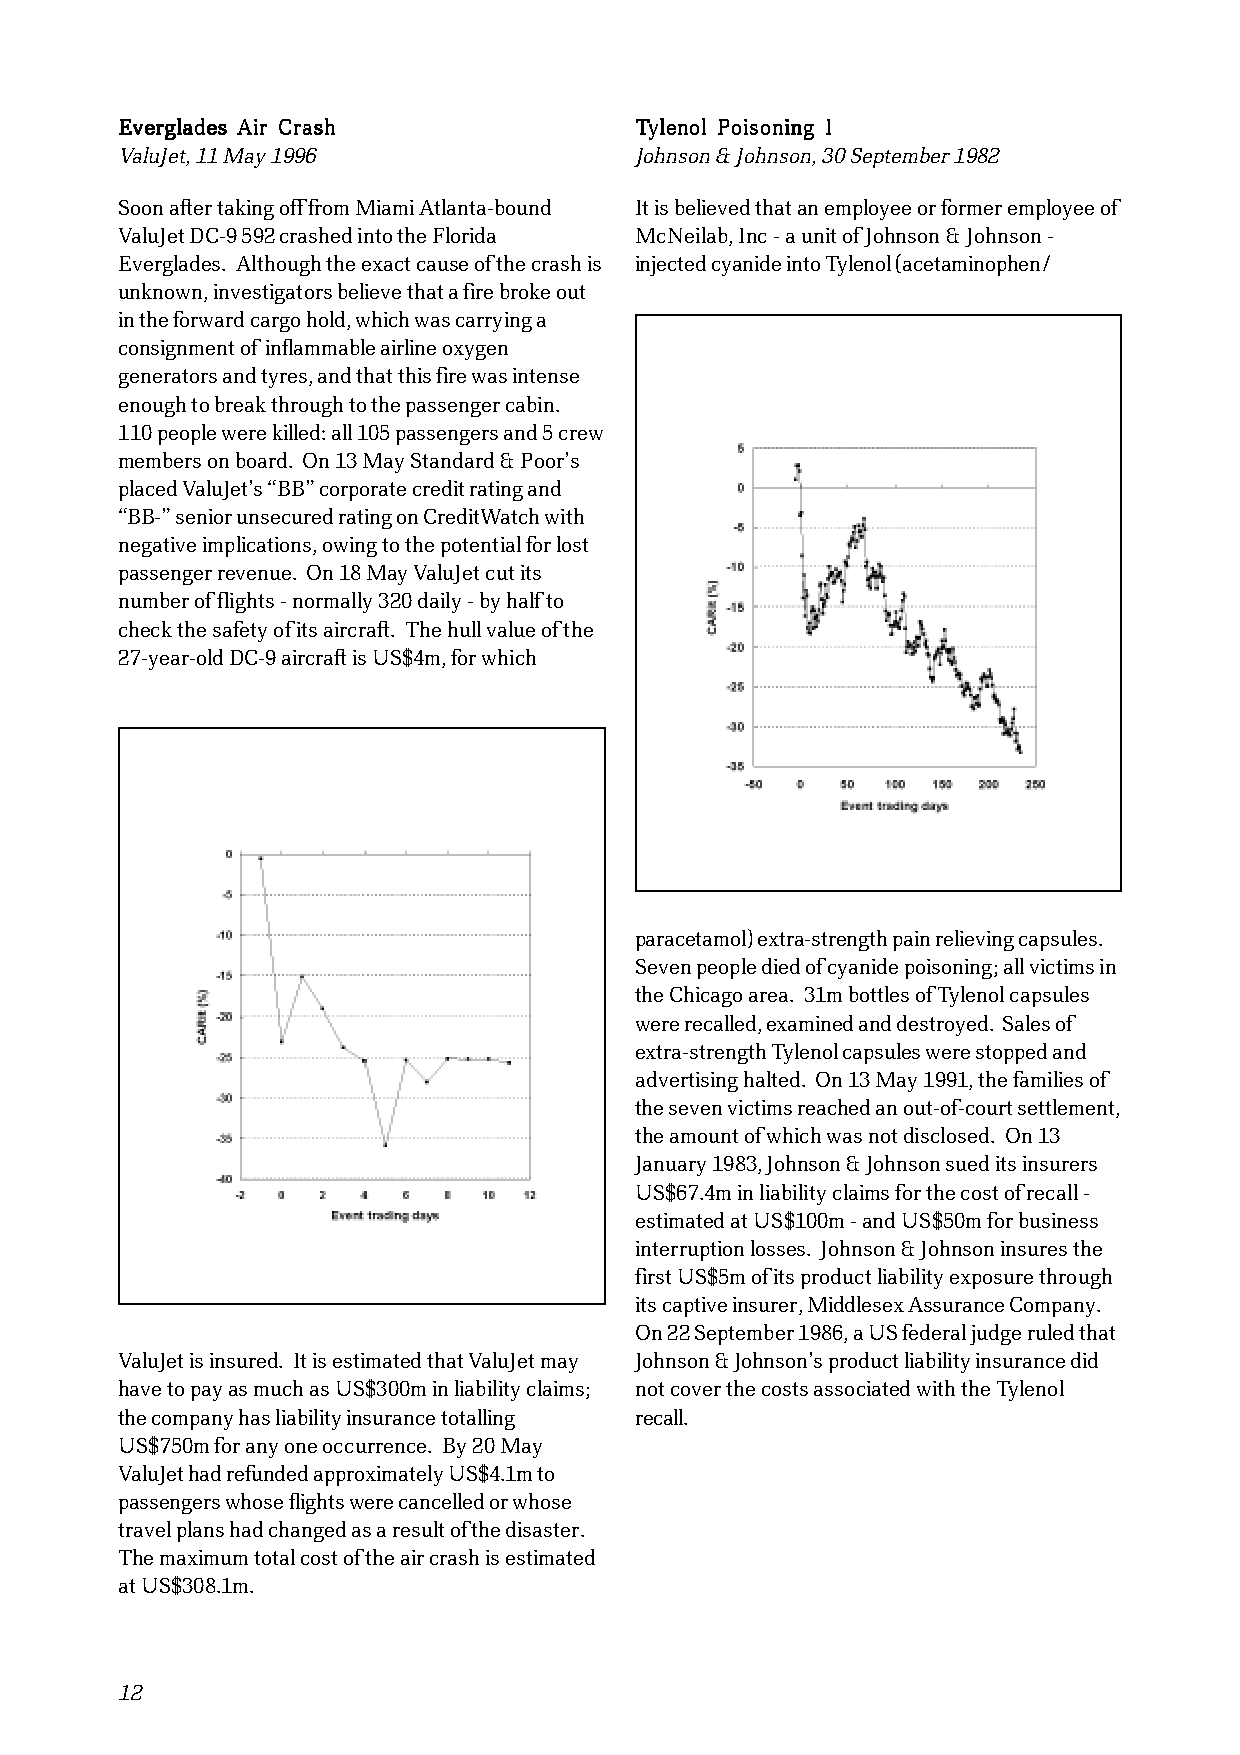
EEEEEvvvvveeeeerrrrrggggglllllaaaaadddddeeeeesssss AAAAAiiiiirrrrr CCCCCrrrrraaaaassssshhhhh TTTTTyyyyyllllleeeeennnnnooooolllll PPPPPoooooiiiiisssssooooonnnnniiiiinnnnnggggg IIIII
 ValuJet, 11 May 1996              Johnson & Johnson, 30 September 1982
 Soon after taking off from Miami Atlanta-bound It is believed that an employee or former employee of
 ValuJet DC-9 592 crashed into the Florida McNeilab, Inc - a unit of Johnson & Johnson -
 Everglades. Although the exact cause of the crash is injected cyanide into Tylenol (acetaminophen/
 unknown, investigators believe that a fire broke out
 in the forward cargo hold, which was carrying a
 consignment of inflammable airline oxygen
 generators and tyres, and that this fire was intense
 enough to break through to the passenger cabin.
 110 people were killed: all 105 passengers and 5 crew
 members on board. On 13 May Standard & Poor’s
 placed ValuJet’s “BB” corporate credit rating and
 “BB-” senior unsecured rating on CreditWatch with
 negative implications, owing to the potential for lost
 passenger revenue. On 18 May ValuJet cut its
 number of flights - normally 320 daily - by half to
 check the safety of its aircraft. The hull value of the
 27-year-old DC-9 aircraft is US$4m, for which
 paracetamol) extra-strength pain relieving capsules.
 Seven people died of cyanide poisoning; all victims in
 the Chicago area. 31m bottles of Tylenol capsules
 were recalled, examined and destroyed. Sales of
 extra-strength Tylenol capsules were stopped and
 advertising halted. On 13 May 1991, the families of
 the seven victims reached an out-of-court settlement,
 the amount of which was not disclosed. On 13
 January 1983, Johnson & Johnson sued its insurers
 US$67.4m in liability claims for the cost of recall -
 estimated at US$100m - and US$50m for business
 interruption losses. Johnson & Johnson insures the
 first US$5m of its product liability exposure through
 its captive insurer, Middlesex Assurance Company.
 On 22 September 1986, a US federal judge ruled that
 ValuJet is insured. It is estimated that ValuJet may Johnson & Johnson’s product liability insurance did
 have to pay as much as US$300m in liability claims; not cover the costs associated with the Tylenol
 the company has liability insurance totalling recall.
 US$750m for any one occurrence. By 20 May
 ValuJet had refunded approximately US$4.1m to
 passengers whose flights were cancelled or whose
 travel plans had changed as a result of the disaster.
 The maximum total cost of the air crash is estimated
 at US$308.1m.
 12